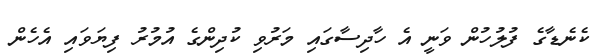
ކެނެޑާގެ ފުލުހުން ވަނީ އެ ހާދިސާގައި މަރުވި ކުދިންގެ އުމުރު ފިޔަވައި އެހެން